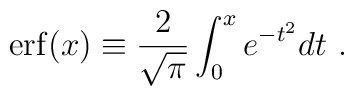
{\rm erf}(x) \equiv {2\over\sqrt{\pi}}\int_0^x e^{-t^2}dt \ .